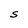
Character: S